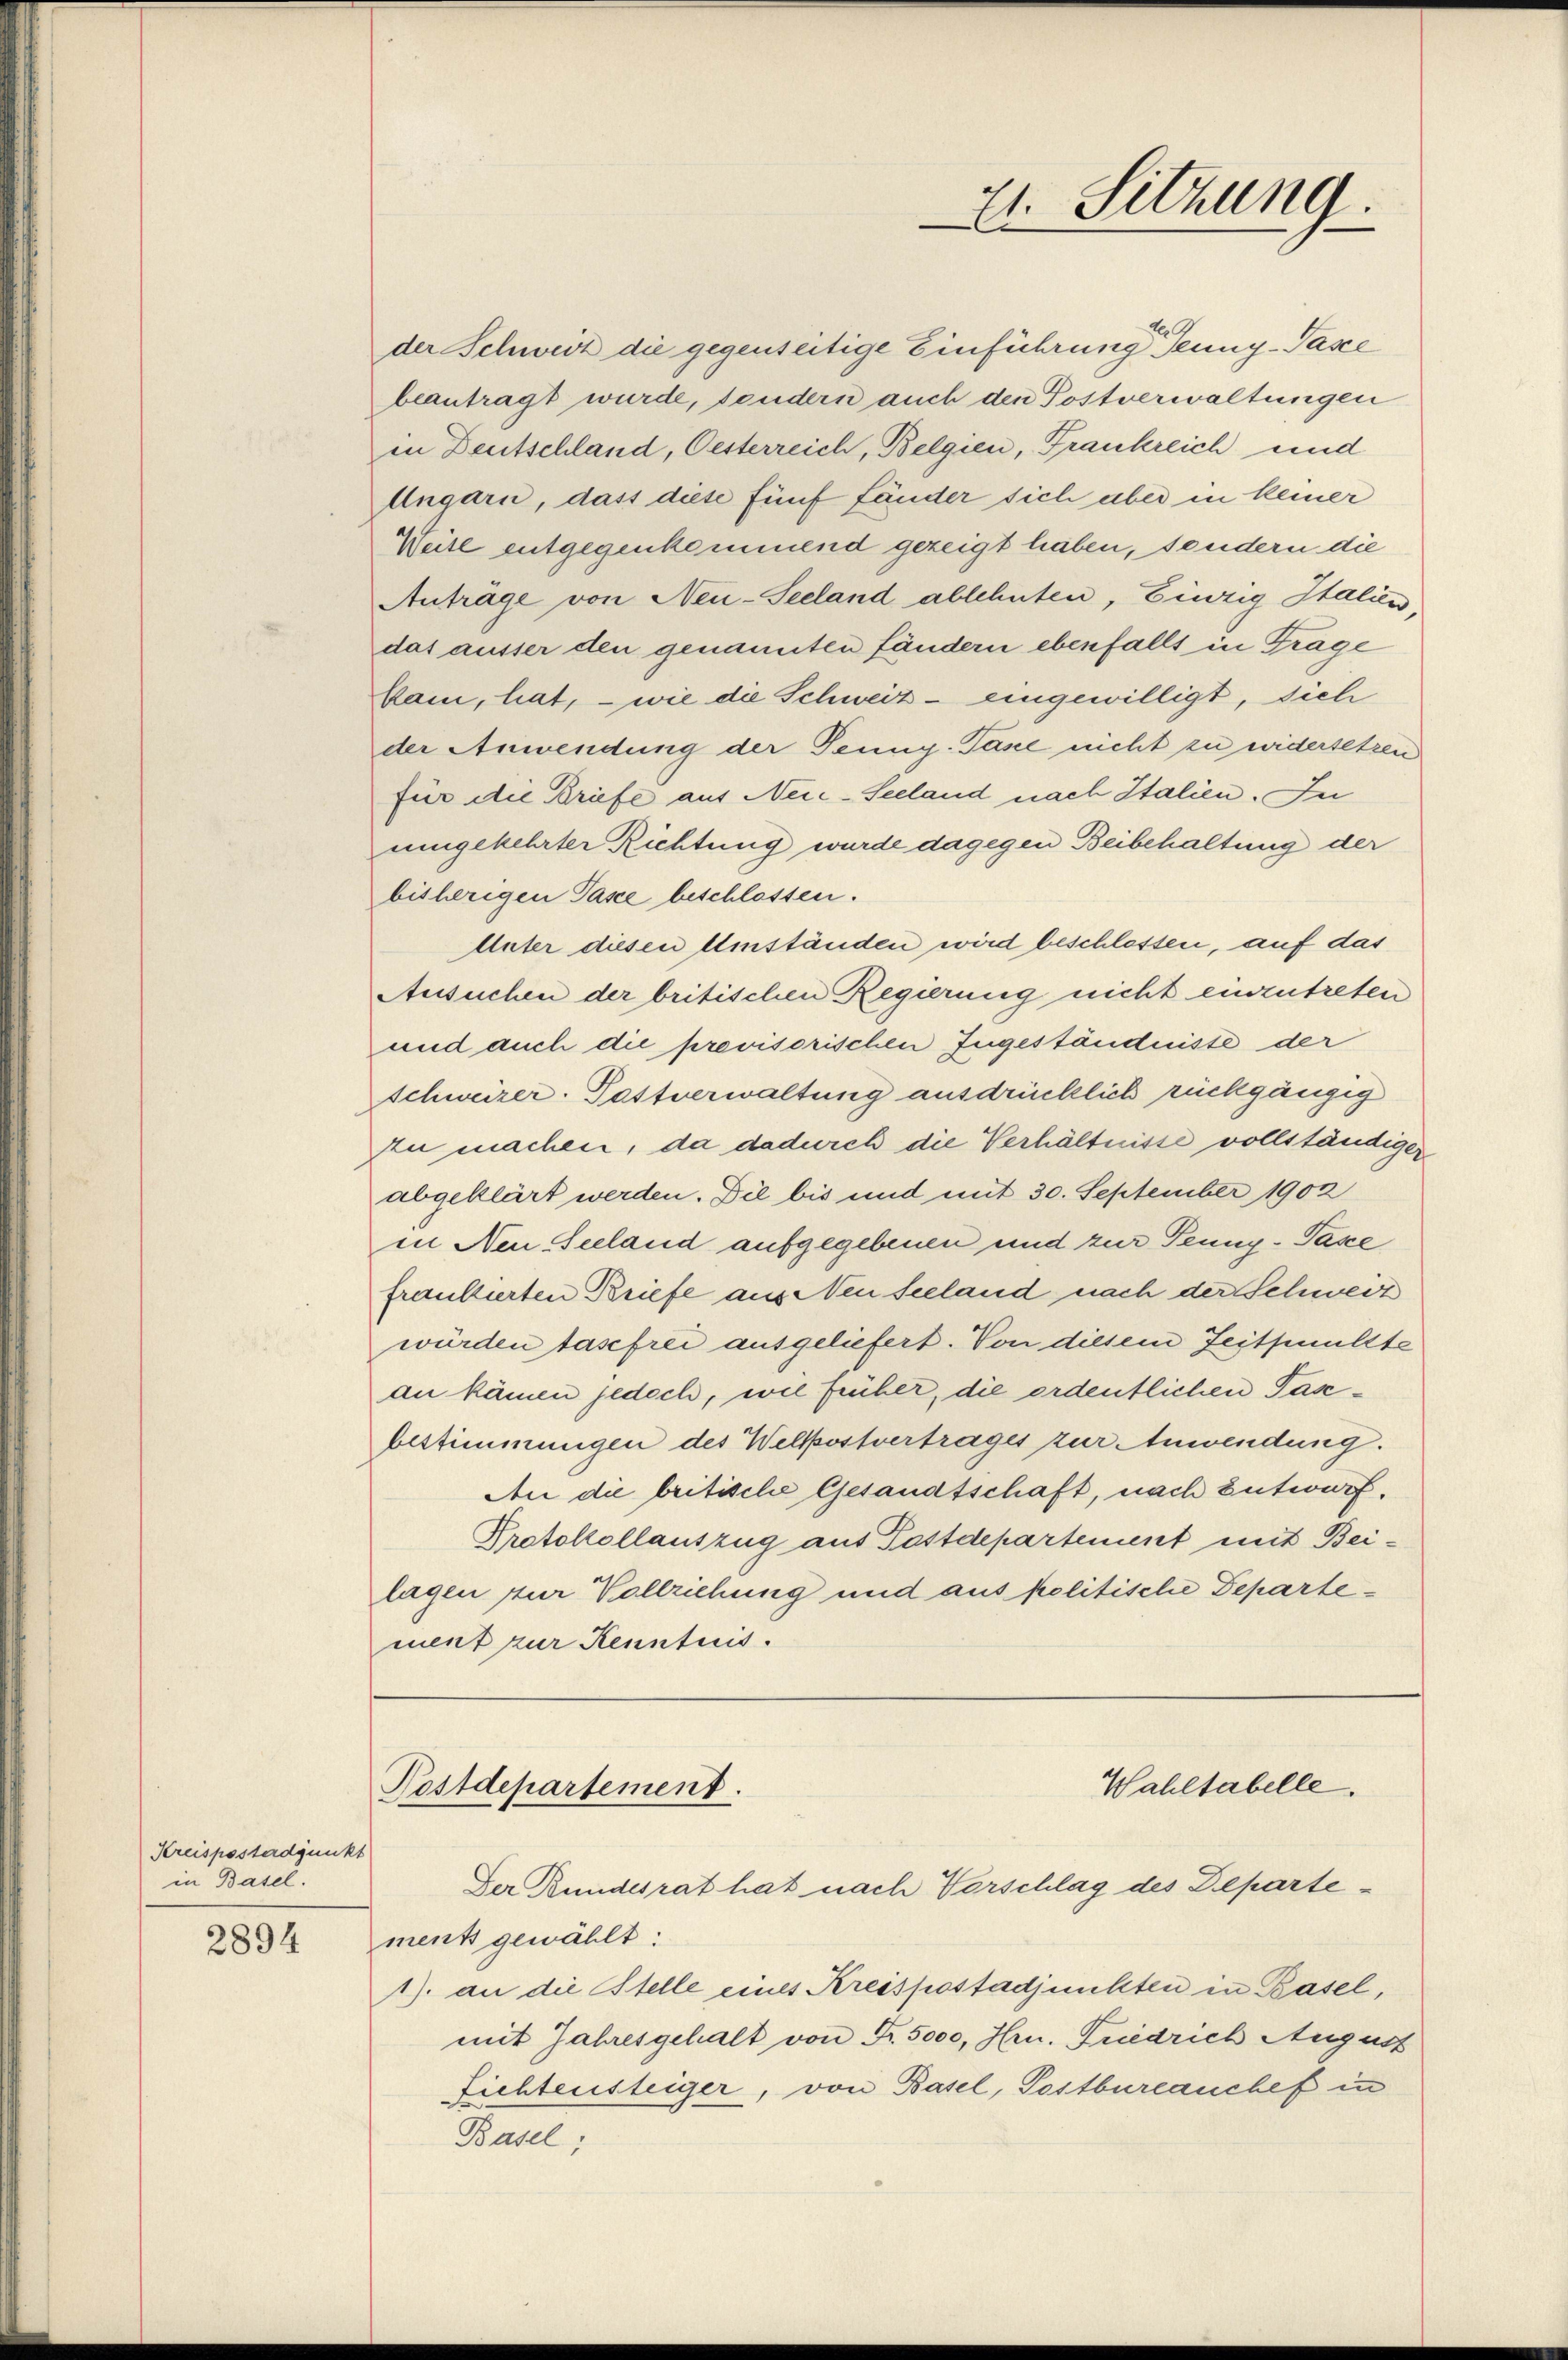
Kreispostadjunkt
in Basel.
2894

der Schweiz die gegenseitige Einführung Teung-Taxe
beantragt wurde, sondern auch den Postverwaltungen
in Deutschland, Oesterreich, Belgien, Frankreich und
Ungarn, dass diese fünf fänder sich aber in keiner
Weite entgegenkommend gezeigt haben, sondern die
Antrage von Neu-Seeland ablehnten, Einzig Italien,
das ausser den genannten fändern ebenfalls in Trage
kam, hat, – wie die Schweiz - eingewilligt, sich
der Anwendung der Teung. Pässe nicht zu widersetzen
für die Briefe aus Neu-Seeland nach Italien. In
umgekehrter Richtung wurde dagegen Beibehaltung der
bisherigen Taxe beschlossen.
Unter diesen Umständen wird beschlossen, auf das
Ausuchen der britischen Regierung nicht einzutreten
und auch die previsorischen Zugeständnisse der
schweizer. Postverwaltung ausdrücklich rückgängig
zu machen, da dadurch die Verhältnisse vollständiger
abgeklärt werden. Die bis und mit 30. September 1902
in Neu - Seeland aufgegebenen und zur Teung- Pässe
fraudierten Briefe aus Neu Seeland nach der Schweiz
würden tasefrei ausgeliefert. Von diesem Zeitsnüllte
an kämen jedoch, wie früher, die ordentlichen Pasbestimmungen des Welkostvertrages zur Anwendung.
An die britische Gesandtschaft, nach Entwurf.
Protokollauszug aus Postdepartement mit Beilagen zur Vollziehung und aus politische Departement zur Kenntnis.

Nestdepartement.
Wahltabelle.
Der Bundesrat hat nach Vorschlag des Departe-

21. Sitzung.
l

ment gewählt:
1). an die Stelle eines Kreispostadjunkten in Basel,
mit Jahresgehalt von Fr. 5000, Hrn. Friedrich August
Fichtensteiger, von Basel, Postbureauchef in
Basel;